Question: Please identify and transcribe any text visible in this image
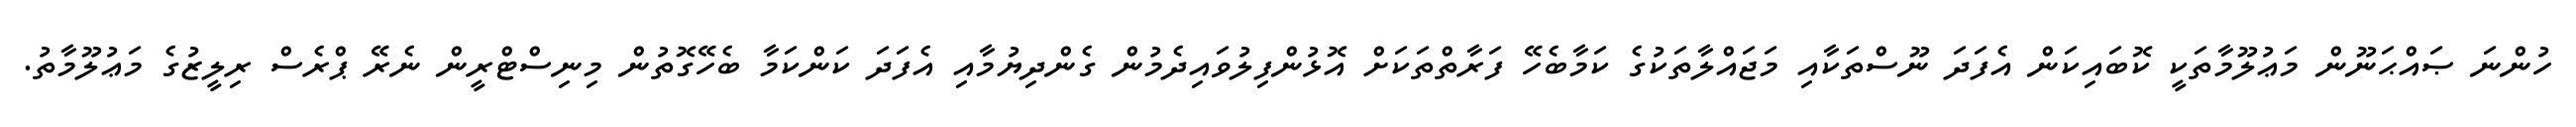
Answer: ހުންނަ ޞައްޙަނޫން މަޢުލޫމާތަކީ ކޮބައިކަން އެފަދަ ނޫސްތަކާއި މަޖައްލާތަކުގެ ކަމާބެހޭ ފަރާތްތަކަށް އޮޅުންފިލުވައިދެމުން ގެންދިޔުމާއި އެފަދަ ކަންކަމާ ބެހޭގޮތުން މިނިސްޓްރީން ނެރޭ ޕްރެސް ރިލީޒުގެ މަޢުލޫމާތު.